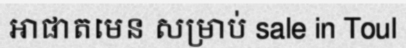
អាផាតមេន សម្រាប់ sale in Toul